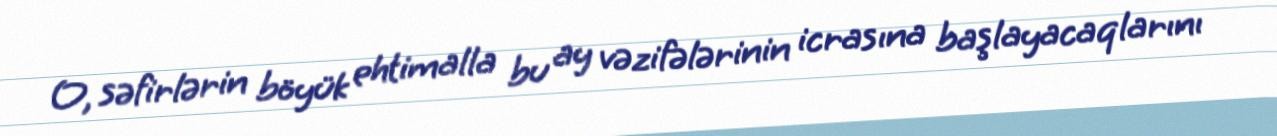
O, səfirlərin böyük ehtimalla bu ay vəzifələrinin icrasına başlayacaqlarını